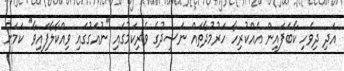
އަދި ދިވެހި ކާބަފައިން އެއްކުރިހާ ހަރުމުދާތައް ނަޝީދުގެ ވެރިކަމުގައި "ނުއަގުގައި ވިއްކާލާފައިވާ" ކަމަށް